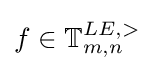
f\in \mathbb {T} _{m,n}^{LE,>}